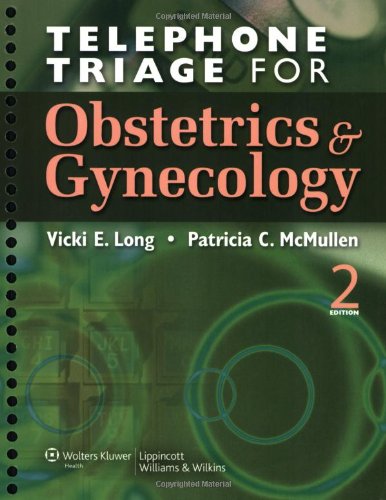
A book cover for Telephone Triage for Obstetrics and Gynecology; Vicki E. Long MSN  CNM; Parenting & Relationships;